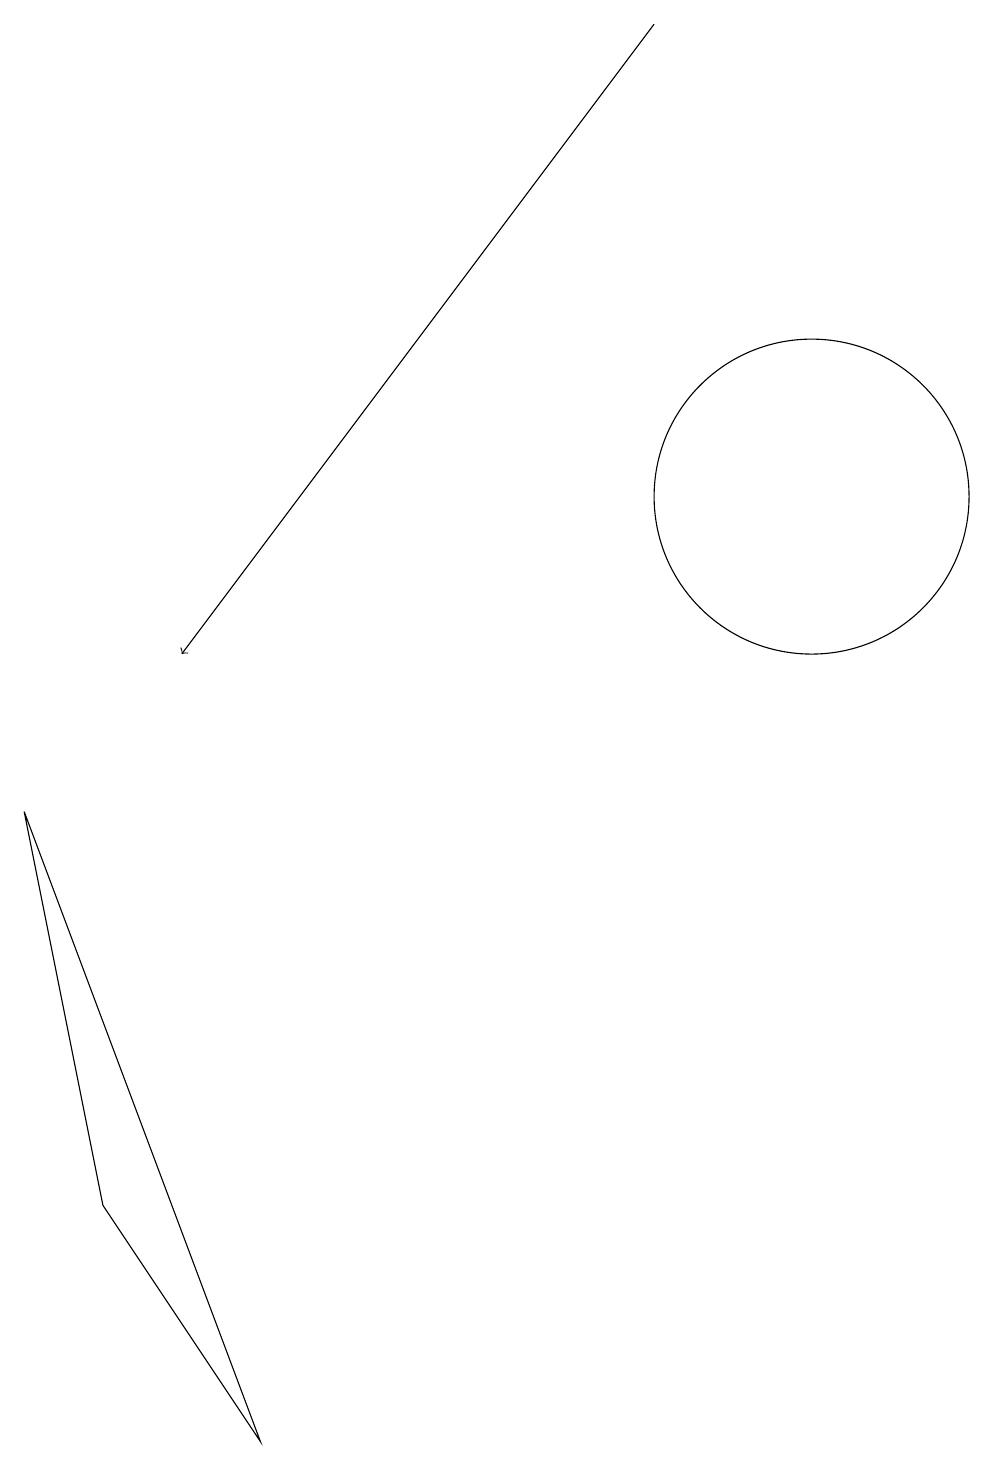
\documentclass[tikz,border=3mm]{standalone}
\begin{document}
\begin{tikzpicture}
\draw[->] (8,18) -- (2,10);
\draw (0,8) -- (3,0) -- (1,3) -- cycle;
\draw (10,12) circle (2);
\draw (11,10) circle (0);
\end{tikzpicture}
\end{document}